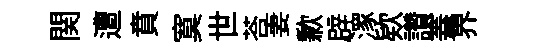
関遭賁寞世荅妻歉辟潈欵讚蓋界